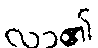
လာ၏